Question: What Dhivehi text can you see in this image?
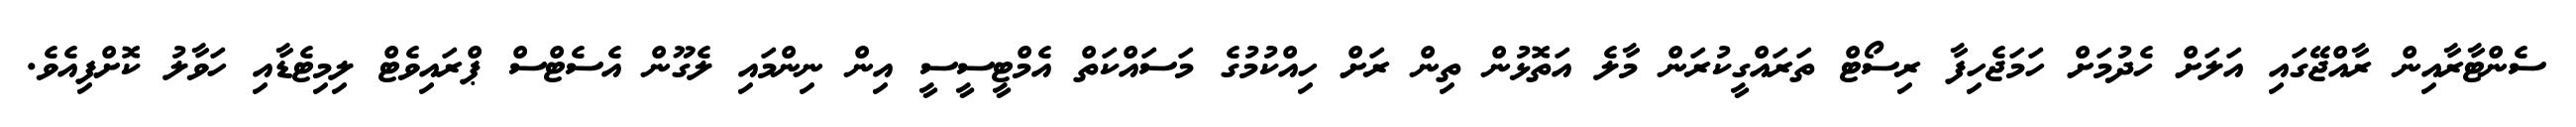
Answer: ސެންޓާރާއިން ރާއްޖޭގައި އަލަށް ހެދުމަށް ހަމަޖެހިފާ ރިސޯޓް ތަރައްގީކުރަން މާލެ އަތޮޅުން ތިން ރަށް ހިއްކުމުގެ މަސައްކަތް އެމްޓީސީސީ އިން ނިންމައި ލެގޫން އެސެޓްސް ޕްރައިވެޓް ލިމިޓެޑާއި ހަވާލު ކޮށްފިއެވެ.